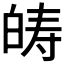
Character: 𤽯